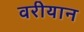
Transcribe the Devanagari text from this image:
वरीयान